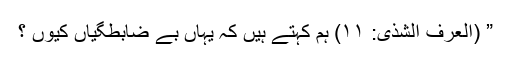
” (العرف الشذی: ۱۱) ہم کہتے ہیں کہ یہاں بے ضابطگیاں کیوں ؟